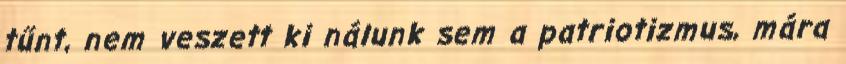
tűnt, nem veszett ki nálunk sem a patriotizmus, mára